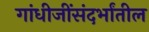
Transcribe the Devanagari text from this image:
गांधीजींसंदर्भांतील